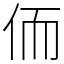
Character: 侕